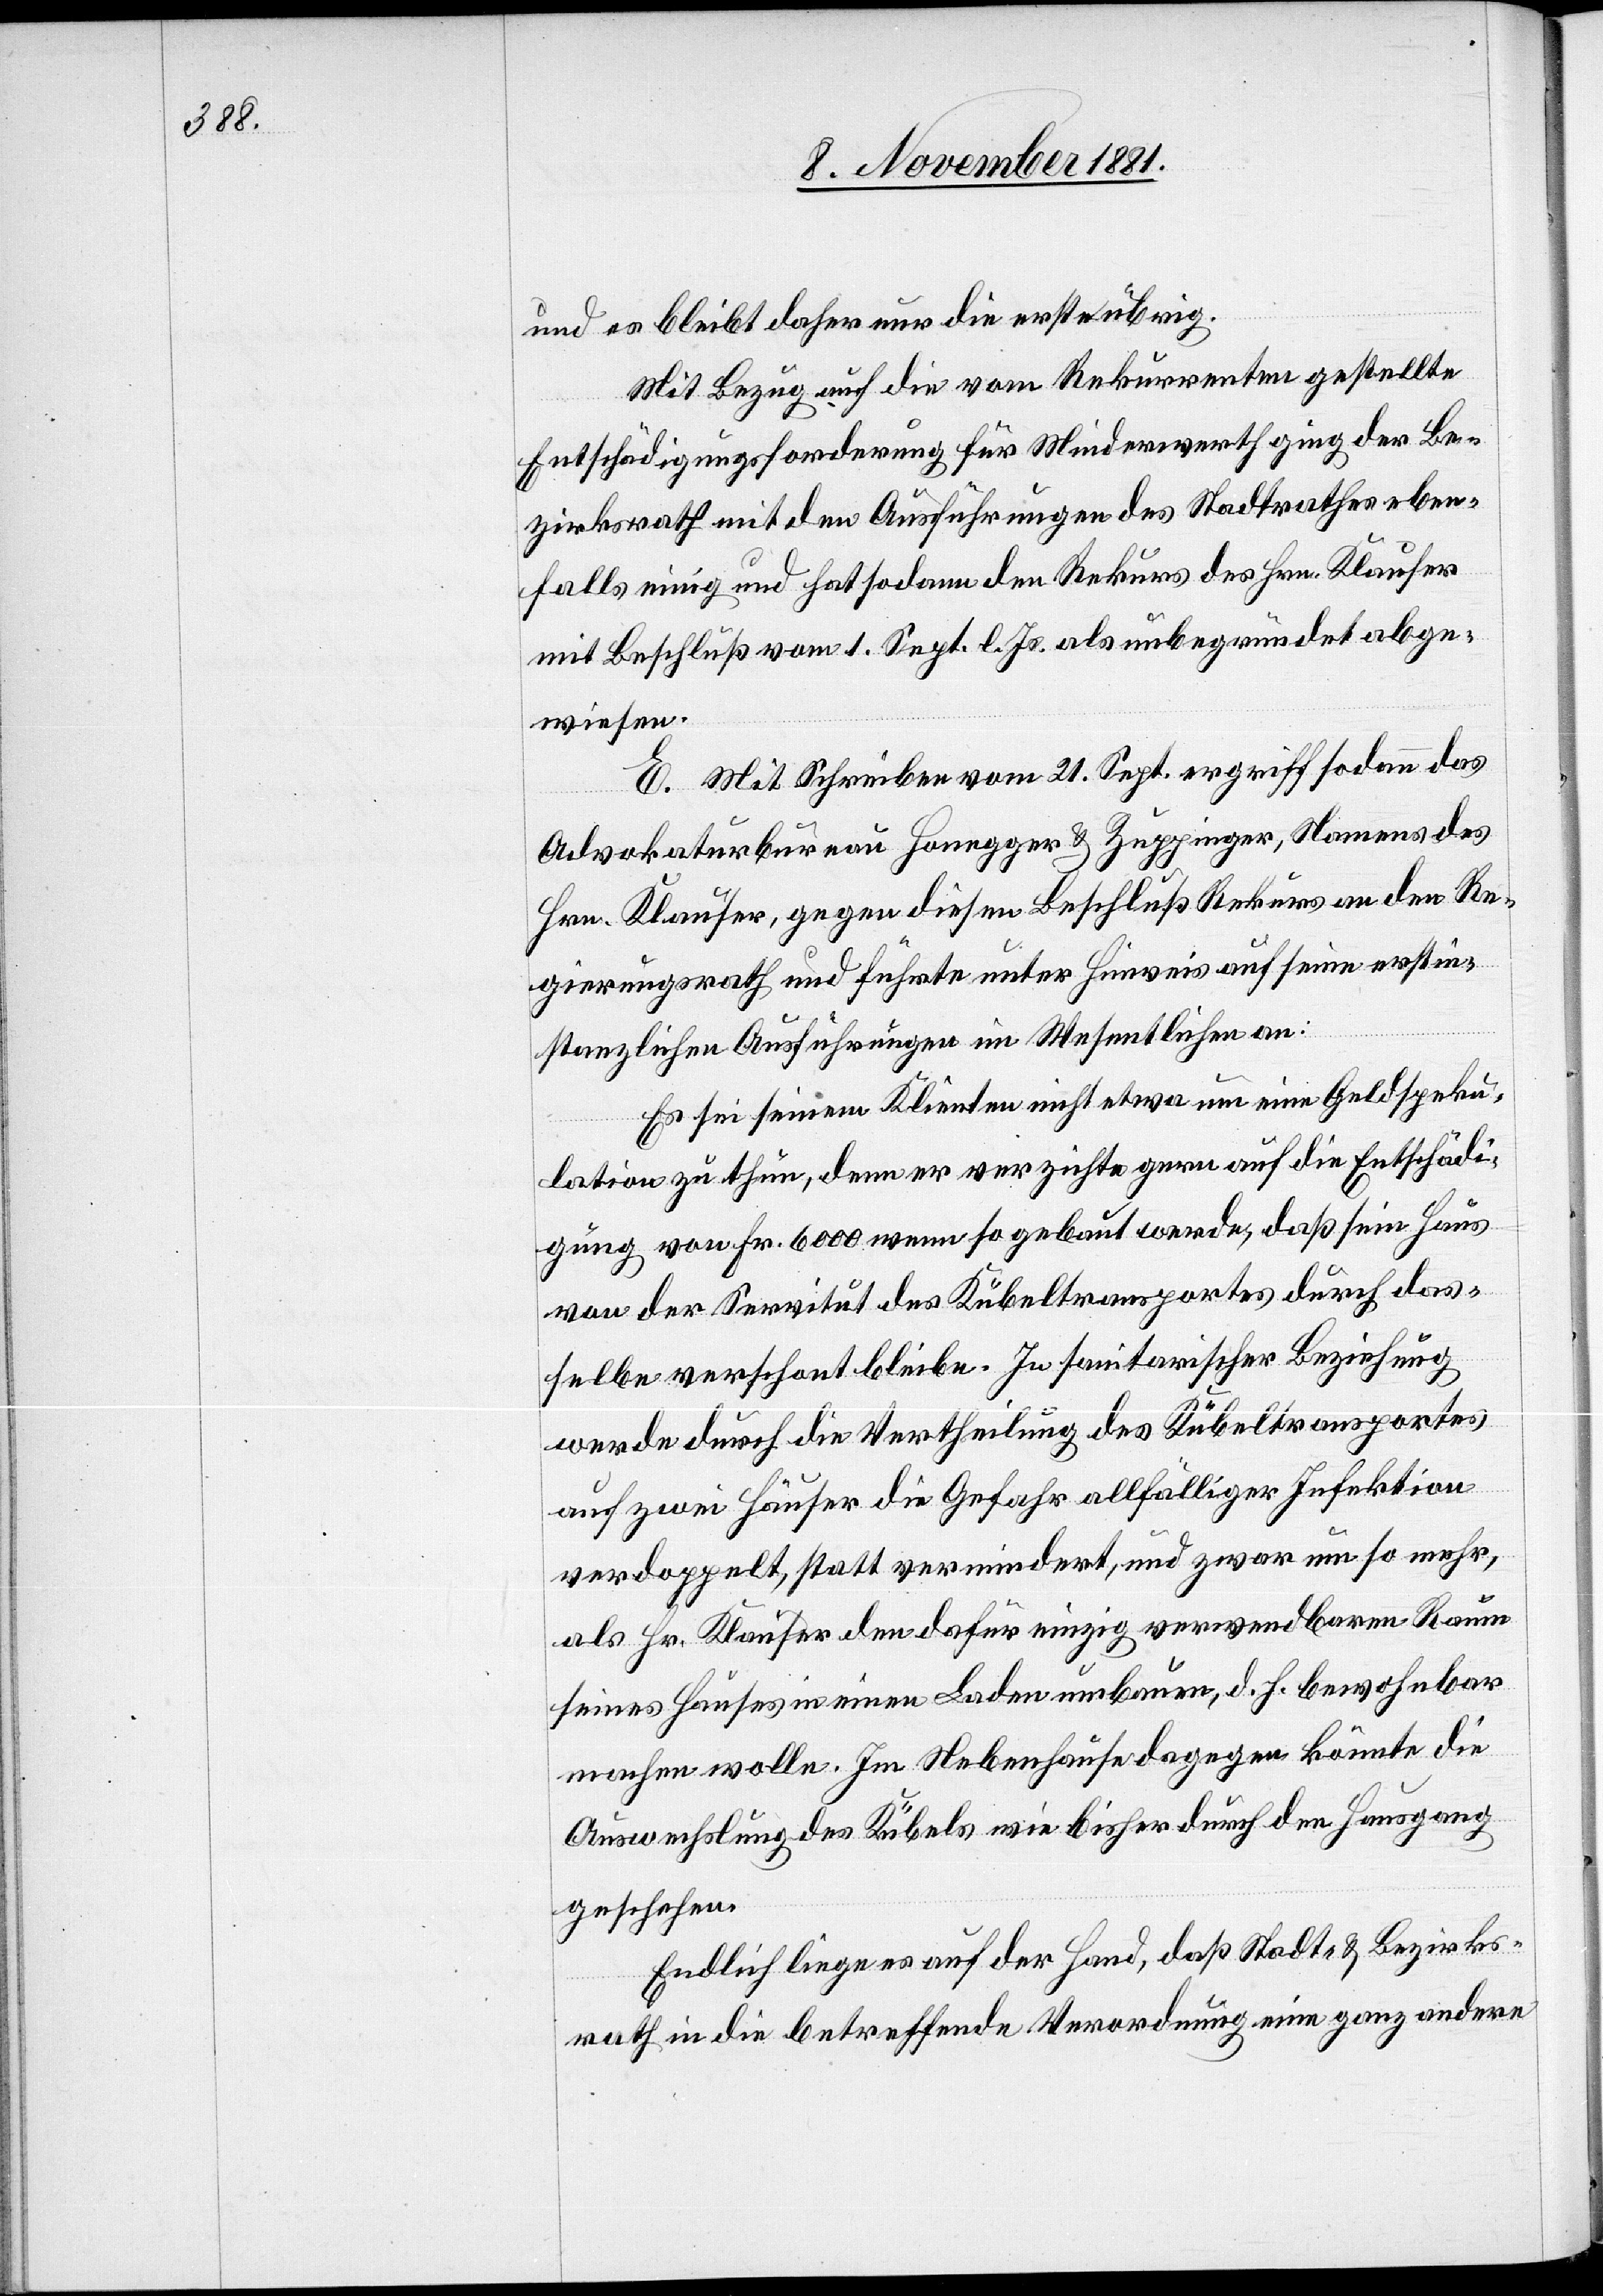
und es bleibt daher nur die erste übrig.
Mit Bezug auf die vom Rekurrenten gestellte
Entschädigungsforderung für Minderwerth ging der Be¬
zirksrath mit den Ausführungen des Stadtrathes eben¬
falls einig und hat sodann den Rekurs des Hrn. Klauser
mit Beschluß vom 1. Sept. l. Js. als unbegründet abge¬
wiesen.
E. Mit Schreiben vom 21. Sept. ergriff sodann das
Advokaturbureau Honegger & Zuppinger, Namens des
Hrn. Klauser, gegen diesen Beschluß Rekurs an den Re¬
gierungsrath und führte unter Hinweis auf seine erstin¬
stanzlichen Ausführungen im Wesentlichen an:
Es sei seinem Klienten nicht etwa um eine Geldspeku¬
lation zu thun, denn er verzichte gern auf die Entschädi¬
gung von Fr. 6000 wenn so gebaut werde, daß sein Haus
von der Servitut des Kübeltransportes durch das¬
selbe verschont bleibe. In sanitarischer Beziehung
werde durch die Vertheilung des Kübeltransportes
auf zwei Häuser die Gefahr allfälliger Infektion
verdoppelt, statt vermindert, und zwar um so mehr,
als Hr. Klauser den dafür einzig verwendbaren Raum
seines Hauses in einen Laden umbauen, d. h. bewohnbar
machen wolle. Im Nebenhause dagegen könnte die
Auswechslung des Kübels wie bisher durch den Hausgang
geschehen.
Endlich liege es auf der Hand, daß Stadt- & Bezirks¬
rath in die betreffende Verordnung eine ganz andere